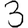
Digit: 3